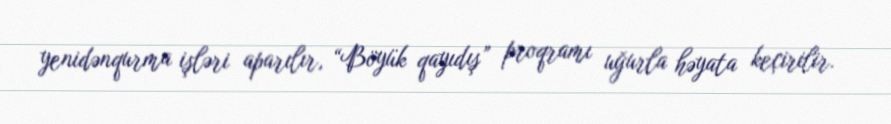
yenidənqurma işləri aparılır, “Böyük qayıdış” proqramı uğurla həyata keçirilir.